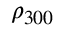
\rho _ { 3 0 0 }